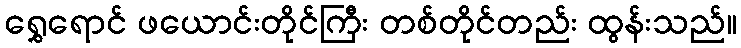
ရွှေရောင် ဖယောင်းတိုင်ကြီး တစ်တိုင်တည်း ထွန်းသည်။